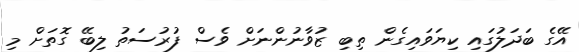
އޭގެ ބަދަލުގައި ކިޔަވައިގެން ތިބި ޒުވާނުންނަށް ވެސް ފުރުސަތު ލިބޭ ގޮތަށް މި